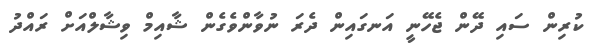
ކުރިން ސައި ދޭން ޖެހޭނީ އަނގައިން ދެރަ ނުވާންވެގެން ޝާއިމް ވިޝާލްއަށް ރައްދު